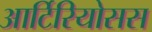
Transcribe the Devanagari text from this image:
आर्टिरियोसस